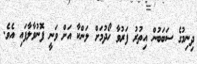
ދިނިމުގެ ސަބަބުން އިތުރު ފަރުވާ ހޯދުމަށް ލަންކާ އަށް ވަނީ ފޮނުވާލާފައި އެވެ.